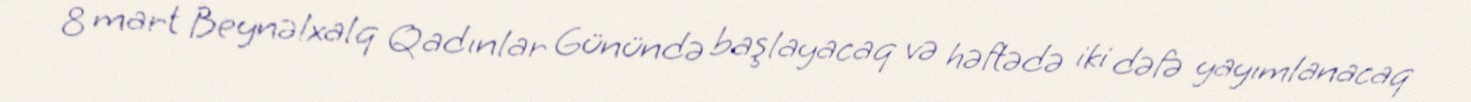
8 mart Beynəlxalq Qadınlar Günündə başlayacaq və həftədə iki dəfə yayımlanacaq